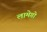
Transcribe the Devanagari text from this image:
लामेगो